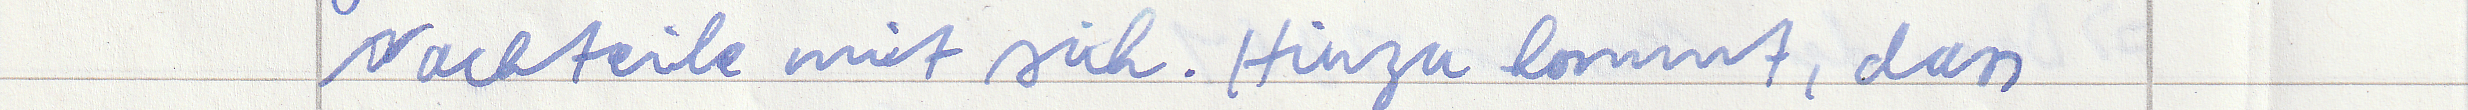
Nachteile mit sich. Hinzu kommt, dass